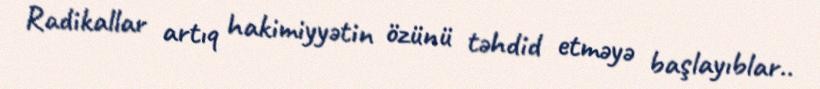
Radikallar artıq hakimiyyətin özünü təhdid etməyə başlayıblar..